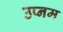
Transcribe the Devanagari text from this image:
उप्नम